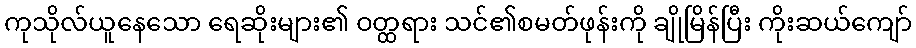
ကုသိုလ်ယူနေသော ရေဆိုးများ၏ ဝတ္ထရား သင်၏စမတ်ဖုန်းကို ချိုမြိန်ပြီး ကိုးဆယ်ကျော်